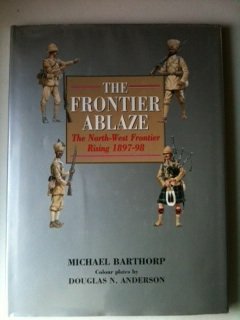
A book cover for The Frontier Ablaze: The North-West Frontier Rising, 1897-98; Michael Barthorp; History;